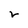
Character: v